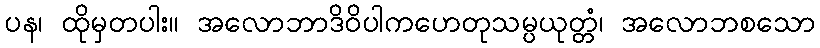
ပန၊ ထိုမှတပါး။ အလောဘာဒိဝိပါကဟေတုသမ္ပယုတ္တံ၊ အလောဘစသော